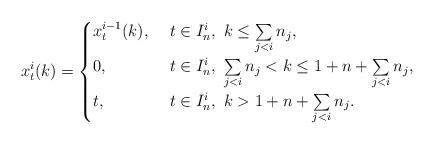
LaTeX: \begin{align*}x_{t}^i(k)=\begin{cases}x_{t}^{i-1}(k), & \ t\in I_n^{i}, \ k\le \sum\limits_{j< i}n_j,\\0, & \ t\in I_n^i, \ \sum\limits_{j< i}n_j< k\le 1+n+ \sum\limits_{j< i}n_j,\\t, & \ t\in I_n^i, \ k>1+n+ \sum\limits_{j< i}n_j.\end{cases}\end{align*}